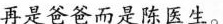
再是爸爸而是陈医生。